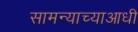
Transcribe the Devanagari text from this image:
सामन्याच्याआधी